Vaccine operations Central Provinces 1886-1899 - 1886-1899
Year: 1886
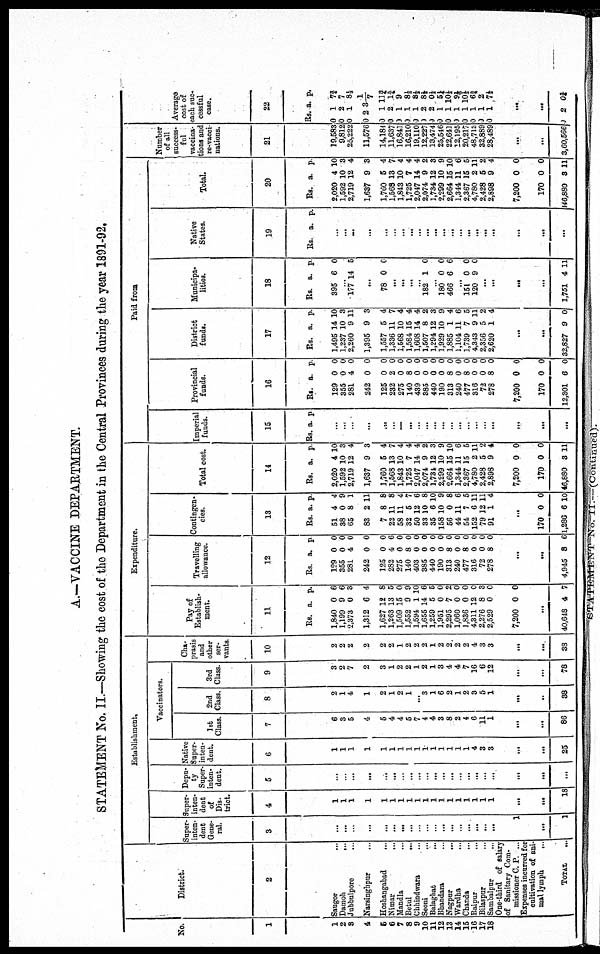
A.—VACCINE DEPARTMENT.
STATEMENT No. II.—Showing the cost of the Department in the Central Provinces during the year 1891-92.
No.
1
1
2
3
4
5
6
7
8
9
10
11 12
13
14
15
16
17
18
District.
2
Saugor ...
Damoh
...
Jubbulpore
...
Narsinghpur ...
Hoshangabad
...
Nimar
...
Mandla ...
Betul
...
Chhindwara ...
Seoni ...
Balagbat
...
Bhandara ...
Nagpur
...
Wardha …
Chanda
...
Raipur
...
Bilaspur ...
Sambalpur
...
One-third of salary
of Sanitary Com¬
missioner C. P. ...
Expenses incurred for
cultivation of ani
mal lymph
...
TOTAL ...
Establishment.
Super
inten
dent
Gene
ral.
3
...
...
...
...
...
...
...
...
...
...
...
...
...
...
...
...
...
...
1
...
1
Super¬
inten¬
dent
of
Dis
trict.
4
1
1
1
1
1
1
1
1
1
1
1
1
1
1
1
1
1
1
...
...
18
Depu
ty
Super
inten
dent.
5
...
...
...
...
...
...
...
...
...
...
...
...
...
...
...
...
...
...
...
...
...
Native
Super
inten
dent.
6
1
1
1
1
1
1
1
1
1
1
1
1
1
1
1
4
3
3
...
...
25
Vaccinators.
1st
Class.
7
6
3
5
4
5
4
4
5
7
4
4
3
8
2
4
6
11
1
...
...
86
2nd
Class.
8
2
1
4
1
2
1
2
1
...
3
1
6
2
1
2
3
5
1
...
...
38
3rd
Class.
9
3
2
7
2
3
1
2
2
1
2
1
3
4
4
7
16
6
12
...
...
78
Cha¬
prasis
and
other
ser
vants.
10
2
2
2
2
2
2
1
2
2
2
1
2
2
2
2
4
3
3
...
...
38
Expenditure.
Pay of
Establish
ment.
11
Rs.
1,840
1,199
2,373
1,312
1,627
1,263
1,509
1,552
1,594
1,655
1,259
1,951
2,295
1,060
1,836
4,311
2,276
2,529
7,200
a.
0
9
0
6
12
13
15
9
1
14
5
0
7
0
0
12
8
0
0
p.
6
6
3
4
8
5
0
9
10
6
5
0
2
0
0
0
3
0
0
...
40,648 4 7
Travelling
allowance.
12
Rs.
129
355
281
242
125
282
275
140
403
385
440
190
313
240
477
316
72
278
a.
0
0
4
0
0
4
0
8
0
0
0
0
8
0
8
0
0
8
p.
0
0
0
0
0
6
0
0
0
0
0
0
0
0
0
0
0
0
...
...
4,945 8 6
Contingen
cies.
13
Rs.
51
38
65
83
7
22
58
32
50
33
35
158
56
44
54
152
79
91
a.
4
0
8
2
8
11
11
5
12
10
6
10
0
11
7
6
12
1
P.
4
9
1
11
8
8
4
7
6
8
10
9
8
6
5
11
11
4
...
...
1,286 6 10
Total cost.
14
Rs.
2,020
1,592
2,719
1,637
1,760
1,568
1,843
1,725
2,047
2,074
1,734
2,299
2,664
1,344
2,367
4,780
2,428
2,898
7,200
170
46,880
a.
4
10
12
9
6
13
10
7
14
9
12
10
15
11
15
2
5
9
0
0
3
p.
10
3
4
3
4
7
4
4
4
2
3
9
10
6
5
11
2
4
0
0
11
Paid from
Imperial
funds.
15
Rs. a. p.
...
...
...
...
...
...
...
...
...
...
...
...
...
...
...
...
...
...
...
...
...
Provincial
funds.
16
Rs.
129
355
281
242
125
232
275
140
439
385
440
190
313
240
477
316
72
278
7,200
170
12,301
a.
0
0
4
0
0
2
0
8
0
0
0
0
8
0
8
0
0
8
0
0
6
p.
0
0
0
0
0
0
0
0
0
0
0
0
0
0
0
0
0
0
0
0
0
District
funds.
17
Rs.
1,495
1,237
2,260
1,395
1,557
1,336
1,568
1,584
1,608
1,507
1,294
1,929
1,885
1,104
1,739
4,343
2,356
2,620
a.
14
10
9
9
5
11
10
15
14
8
12
10
1
11
7
9
5
1
p.
10
3
11
3
4
7
4
4
4
2
3
9
4
6
5
11
2
4
...
...
32,827 9 0
Municipa
lities.
18
Rs.
395
a.
6
p.
0
...
177 14 5
...
78 0 0
...
...
...
...
182 1 0
...
180
466
0
6
0
6
…
151
120
0
9
0
0
...
...
...
...
1,751 4 11
Native
States.
19
Rs. a. p.
...
...
...
...
...
...
...
...
...
...
...
...
...
…
…
...
...
...
...
...
...
Total.
20
Rs.
2,020
1,592
2,719
1,637
1,760
1,568
1,843
1,725
2,047
2,074
1,734
2,299
2,664
1,344
2,367
4,780
2,428
2,898
7,200
170
146,880
a.
4
10
12
9
5
13
10
7
14
9
12
10
15
11
15
2
5
9
0
0
8
p.
10
3
4
3
4
7
4
4
4
2
3
9
10
6
5
11
2
4
0
0
11
Number
of all
success¬
ful
vaccina
tions and
re-vacci
nations.
21
19,583
9,812
25,222
11,576
14,184
11,637
16,841
16,210
19,110
12,227
13,474
25,546
22,641
12,195
20,217
48,713
32,889
28,489
...
...
3,60,566
Average
cost of
each suc
cessful
case.
22
Rs.
0
0
0
0
0
0
0
0
0
0
0
0
0
0
0
0
0
0
a.
1
2
1
2
1
2
1
1
1
2
2
1
1
1
1
1
1
1
p.
7¾
7
8½
31/7
11¾
1¾
9
8⅓
8½
8½
0½ 5¼
10½
9 1/6
10⅓
6¾
2
7½
...
...
0 2 0¾